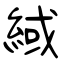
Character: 緎